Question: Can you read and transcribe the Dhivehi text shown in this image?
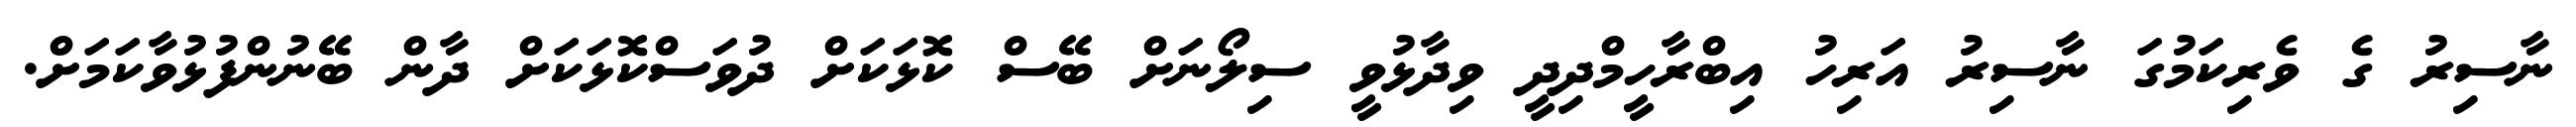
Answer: ނާސިރު ގެ ވެރިކަމުގަ ނާސިރު އަރިހު އިބްރާހީމްދިދީ ވިދާޅުވީ ސިލޯނަށް ބޭސް ކޮޅަކަށް ދުވަސްކޮޅަކަށް ދާން ބޭނުންފުޅުވާކަމަށް.